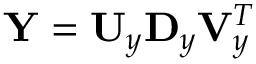
\mathbf Y = \mathbf U _ { y } \mathbf D _ { y } \mathbf V _ { y } ^ { T }